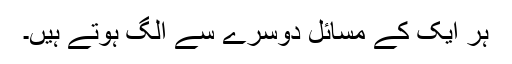
ہر ایک کے مسائل دوسرے سے الگ ہوتے ہیں۔